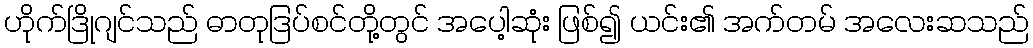
ဟိုက်ဒြိုဂျင်သည် ဓာတုဒြပ်စင်တို့တွင် အပေါ့ဆုံး ဖြစ်၍ ယင်း၏ အက်တမ် အလေးဆသည်